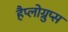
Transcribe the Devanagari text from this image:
हैप्लोग्रुप्स